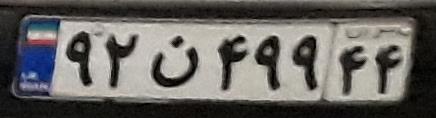
۹۲ن۴۹۹۴۴